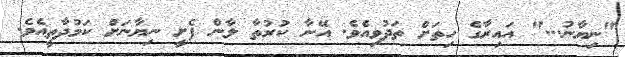
"ނިޔާނު..." އައިރާގެ ހިތަށް ތަދުވިއެވެ. އޭނާ ކުރުތާ ލާން ފެށީ ނިޔާނަށް ކަމުދާތީއެވެ.